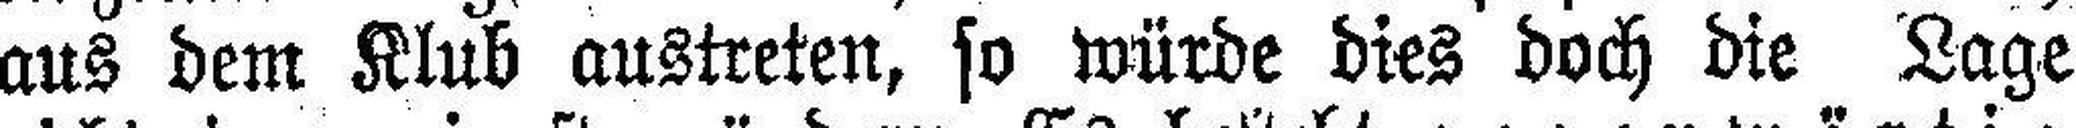
aus dem Klub austreten, so würde dies doch die Lage